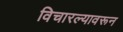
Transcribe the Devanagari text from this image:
विचारल्यावरून